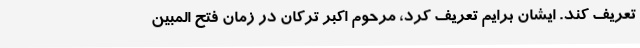
تعریف کند. ایشان برایم تعریف کرد، مرحوم اکبر ترکان در زمان فتح المبین